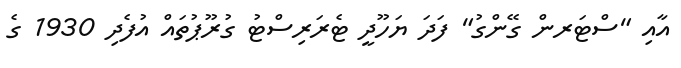
އާއި "ސްޓަރން ގޭންގު" ފަދަ ޔަހޫދީ ޓެރަރިސްޓު ގުރޫޕުތައް އުފެދި 1930 ގެ